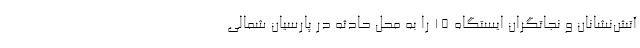
آتش‌نشانان و نجاتگران ایستگاه‌ ۱۵ را به محل حادثه در پارسیان شمالی